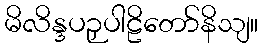
မိလိန္ဒပဉှပါဠိတော်နိသျ။